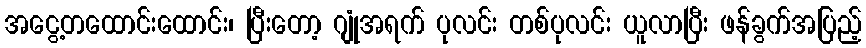
အငွေ့တထောင်းထောင်း၊ ပြီးတော့ ဂျုံအရက် ပုလင်း တစ်ပုလင်း ယူလာပြီး ဖန်ခွက်အပြည့်